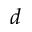
d